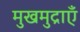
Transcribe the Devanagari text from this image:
मुखमुद्राएँ